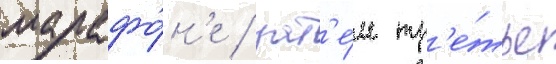
марафо́н'е / зат'е́м тр'е́тье